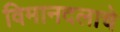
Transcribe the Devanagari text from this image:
विमानदलाचे